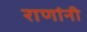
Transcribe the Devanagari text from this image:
राणांनी